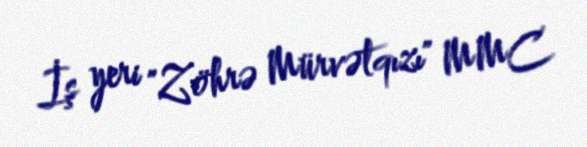
İş yeri "Zöhrə Mürvətqızı" MMC